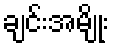
ချင်းအမျိုး